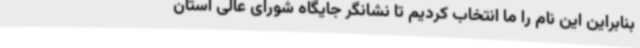
بنابراین این نام را ما انتخاب کردیم تا نشانگر جایگاه شورای عالی استان